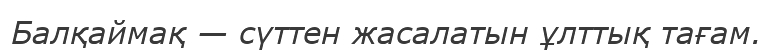
Балқаймақ — сүттен жасалатын ұлттық тағам.